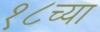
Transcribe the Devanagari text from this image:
१८च्या